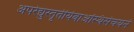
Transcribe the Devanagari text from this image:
अपरेद्युस्तृतीयेवाअस्थिसंचयनं